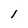
Character: 1